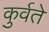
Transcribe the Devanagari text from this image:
कुर्वते